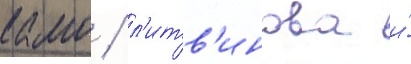
камо / л'итв'инова и́